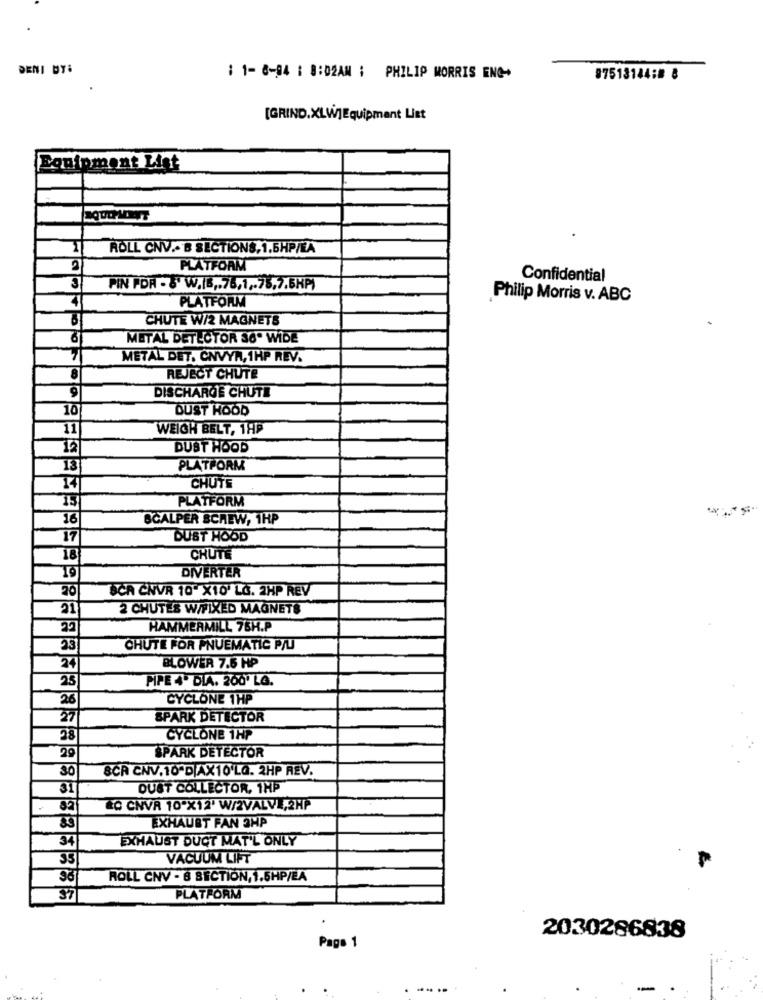
DENI BY:
: 1- 8-94 : 8:02AM : PHILIP MORRIS ENG-
87513144:8 8
[GRIND.XLW]Equipment List
Bonipment List
ROLL CNV .- B SECTIONS, 1.5HP/EA
PLATFORM
Confidential
PIN POR - & W.|B ,. 76,1 ,- 78,7.6HP)
Philip Morris v. ABC
PLATFORM
CHUTE W/2 MAGNETS
METAL DETECTOR SO- WIDE
METAL DET. CNVYN, 1HP REV.
8
REJECT CHUTE
DISCHARGE CHUTE
10
DUST HOOD
11
WEICH BELT, 1HP
12
DUST HOOD
13
PLATFORM
14
CHUTE
PLATFORM
16
SCALPER SCREW, 1HP
17
DUST HOOD
18
CHUTE
19
DIVERTER
20
SCA CHVR 10" X10' LG. 2HP REV
21
2 CHUTES W/FIXED MAGNETS
22
HAMMERMILL 75H.P
33
CHUTE FOR PNUEMATIC P/U
24
BLOWER 7.5 HP
25
PIPE 4º DIA. 200' LG.
26
CYCLONE 1HP
27
SPARK DETECTOR
28
CYCLONE 1HP
29
SPARK DETECTOR
30
SCA CNV.10-D/AX10'LQ. 2HP REV.
31
DUST COLLECTOR, 1HP
ŁO CNVR 10"X12' W/2VALVE,2HP
EXHAUST FAN SHP
34
EXHAUST DUCT MAT'L ONLY
35
VACUUM LIFT
ROLL CNV - 8 SECTION, 1.5HP/EA
S7
PLATFORM
2030286838
Page 1